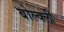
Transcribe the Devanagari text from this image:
बोल्क्ली